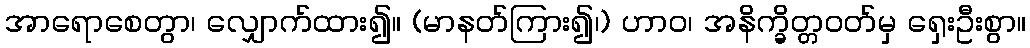
အာရောစေတွာ၊ လျှောက်ထား၍။ (မာနတ်ကြား၍၊) ဟာဝ၊ အနိက္ခိတ္တဝတ်မှ ရှေးဦးစွာ။